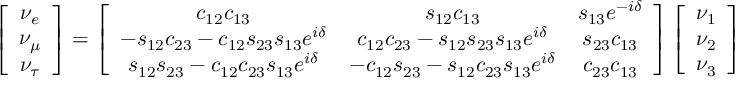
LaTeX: \left[ \begin{array} { c c } { { \nu _ { e } } } \\ { { \nu _ { \mu } } } \\ { { \nu _ { \tau } } } \end{array} \right] = \left[ \begin{array} { c c c } { { c _ { 1 2 } c _ { 1 3 } } } & { { s _ { 1 2 } c _ { 1 3 } } } & { { s _ { 1 3 } e ^ { - i \delta } } } \\ { { - s _ { 1 2 } c _ { 2 3 } - c _ { 1 2 } s _ { 2 3 } s _ { 1 3 } e ^ { i \delta } } } & { { c _ { 1 2 } c _ { 2 3 } - s _ { 1 2 } s _ { 2 3 } s _ { 1 3 } e ^ { i \delta } } } & { { s _ { 2 3 } c _ { 1 3 } } } \\ { { s _ { 1 2 } s _ { 2 3 } - c _ { 1 2 } c _ { 2 3 } s _ { 1 3 } e ^ { i \delta } } } & { { - c _ { 1 2 } s _ { 2 3 } - s _ { 1 2 } c _ { 2 3 } s _ { 1 3 } e ^ { i \delta } } } & { { c _ { 2 3 } c _ { 1 3 } } } \end{array} \right] \left[ \begin{array} { c c } { { \nu _ { 1 } } } \\ { { \nu _ { 2 } } } \\ { { \nu _ { 3 } } } \end{array} \right]